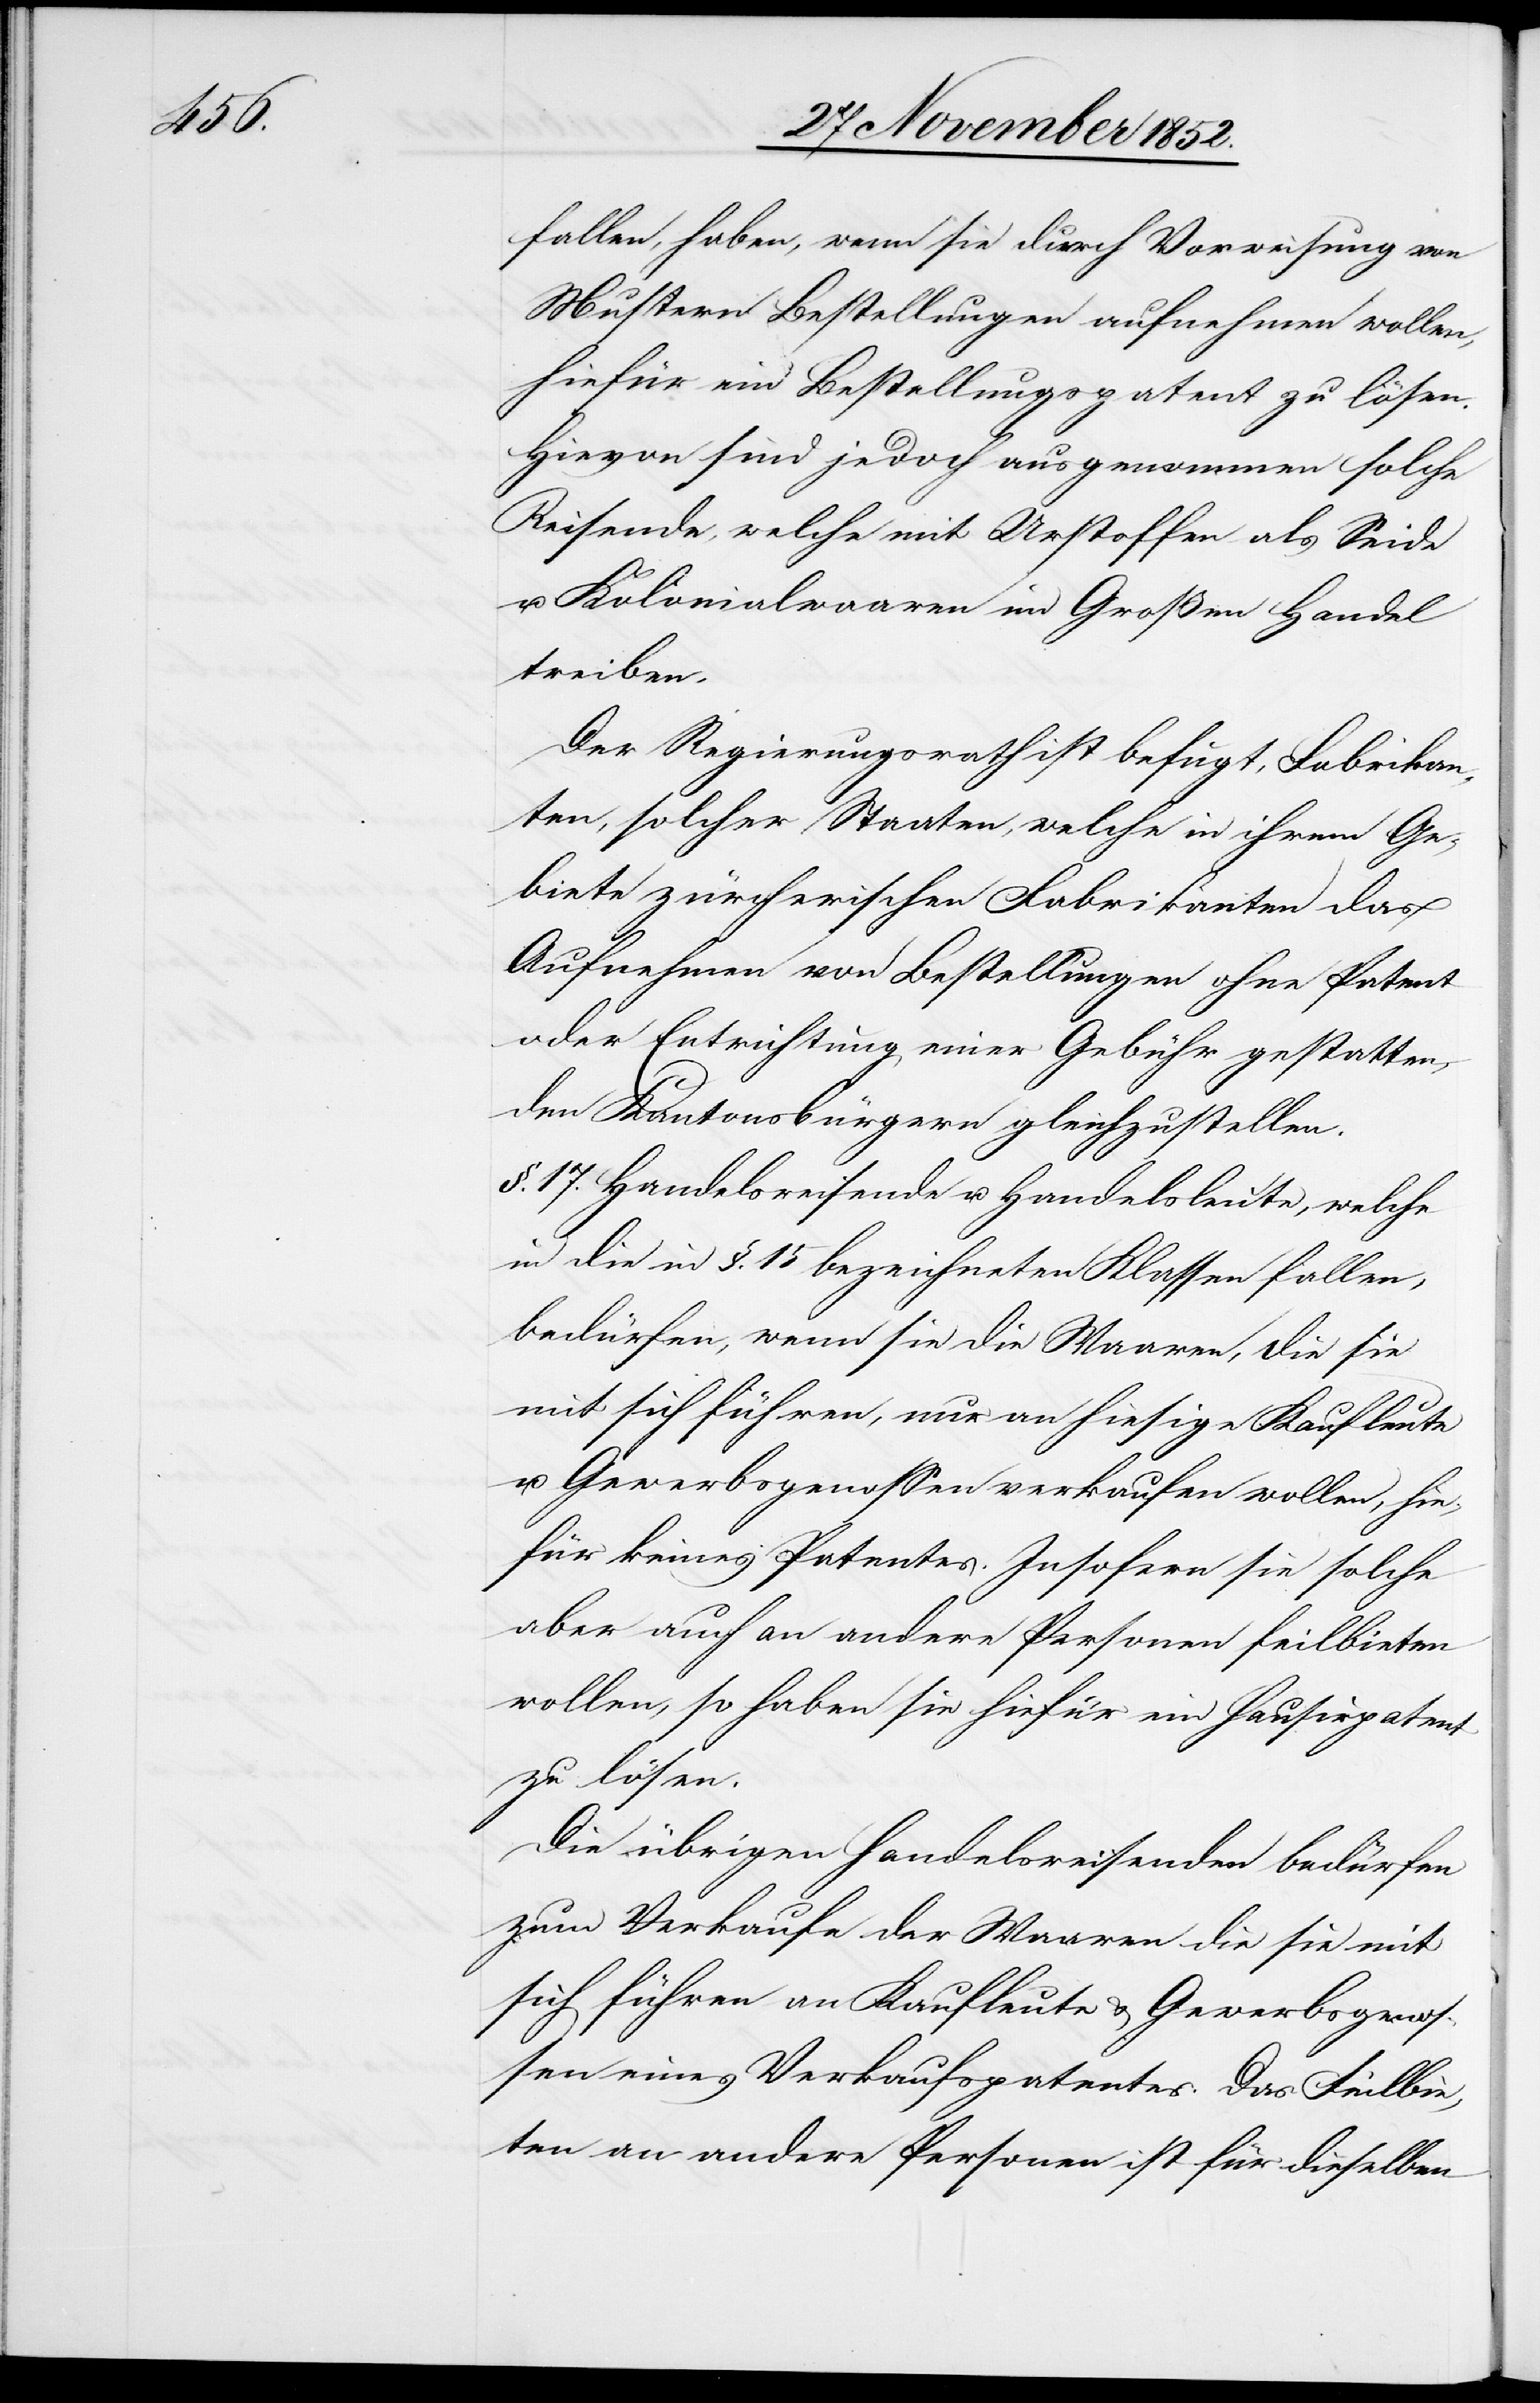
fallen, haben, wenn sie durch Vorweisung von
Mustern Bestellungen aufnehmen wollen,
hiefür ein Bestellungspatent zu lösen.
Hievon sind jedoch ausgenommen solche
Reisende, welche mit Urstoffen als Seide
u. Kolonialwaaren im Großen Handel
treiben.
Der Regierungsrath ist befugt, Fabrikan¬
ten, solcher Staaten, welche in ihrem Ge¬
biete zürcherischen Fabrikanten das
Aufnehmen von Bestellungen ohne Patent
oder Entrichtung einer Gebühr gestatten,
den Kantonsbürgern gleichzustellen.
§. 17. Handelsreisende u. Handelsleute, welche
in die in §. 15 bezeichneten Klassen fallen,
bedürfen, wenn sie die Waaren, die sie
mit sich führen, nur an hiesige Kaufleute
u. Gewerbsgenossen verkaufen wollen, hie¬
für keines Patentes. Insofern sie solche
aber auch an andere Personen feilbieten
wollen, so haben sie hiefür ein Hausirpatent
zu lösen.
Die übrigen Handelsreisenden bedürfen
zum Verkaufe der Waaren die sie mit
sich führen an Kaufleute & Gewerbsgenos¬
sen eines Verkaufspatentes. Das Feilbie¬
ten an andere Personen ist für dieselben